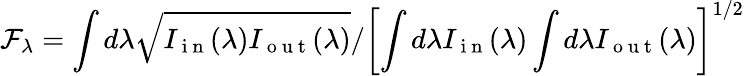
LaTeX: \mathcal{F}_{\lambda}=\int d\lambda\sqrt{I_{\mathrm{~i~n~}}(\lambda)I_{\mathrm{~o~u~t~}}(\lambda)}/\left[\int d\lambda I_{\mathrm{~i~n~}}(\lambda)\int d\lambda I_{\mathrm{~o~u~t~}}(\lambda)\right]^{1/2}